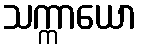
သက္ကာယော